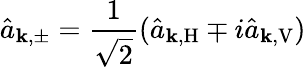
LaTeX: \hat{a}_{\mathbf{k},\pm}=\frac{1}{\sqrt{2}}(\hat{a}_{\mathbf{k},\mathrm{H}}\mp i\hat{a}_{\mathbf{k},\mathrm{V}})